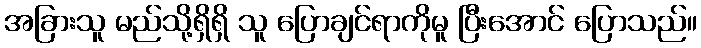
အခြားသူ မည်သို့ရှိရှိ သူ ပြောချင်ရာကိုမူ ပြီးအောင် ပြောသည်။